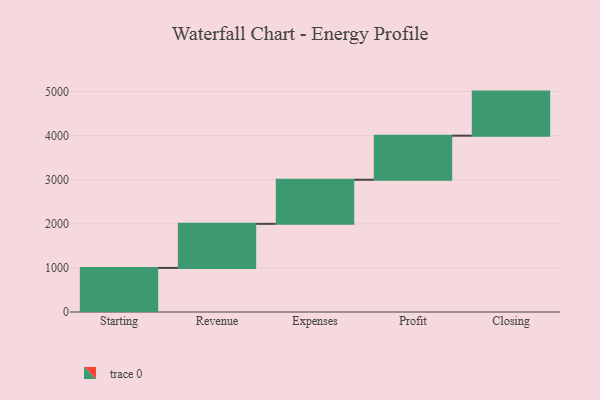
{"axis": {"x": "Step", "y": "Value"}, "legend": [""], "data": [{"x": "Starting", "y": 1000, "type": ""}, {"x": "Revenue", "y": 1000, "type": ""}, {"x": "Expenses", "y": 1000, "type": ""}, {"x": "Profit", "y": 1000, "type": ""}, {"x": "Closing", "y": 1000, "type": ""}]}